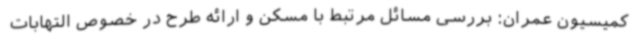
کمیسیون عمران: بررسی مسائل مرتبط با مسکن و ارائه طرح در خصوص التهابات